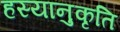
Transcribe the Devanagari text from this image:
हस्यानुकृति